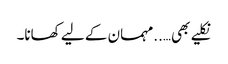
نکلیے بھی…..مہمان کے لیے کھانا۔